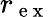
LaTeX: r_{\mathrm{~e~x~}}